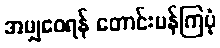
အမျှဝေရန် တောင်းပန်ကြပုံ